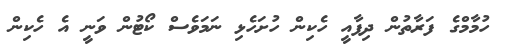
ހުމާމްގެ ފަރާތުން ދިފާއީ ހެކިން ހުށަހެޅި ނަމަވެސް ކޯޓުން ވަނީ އެ ހެކިން